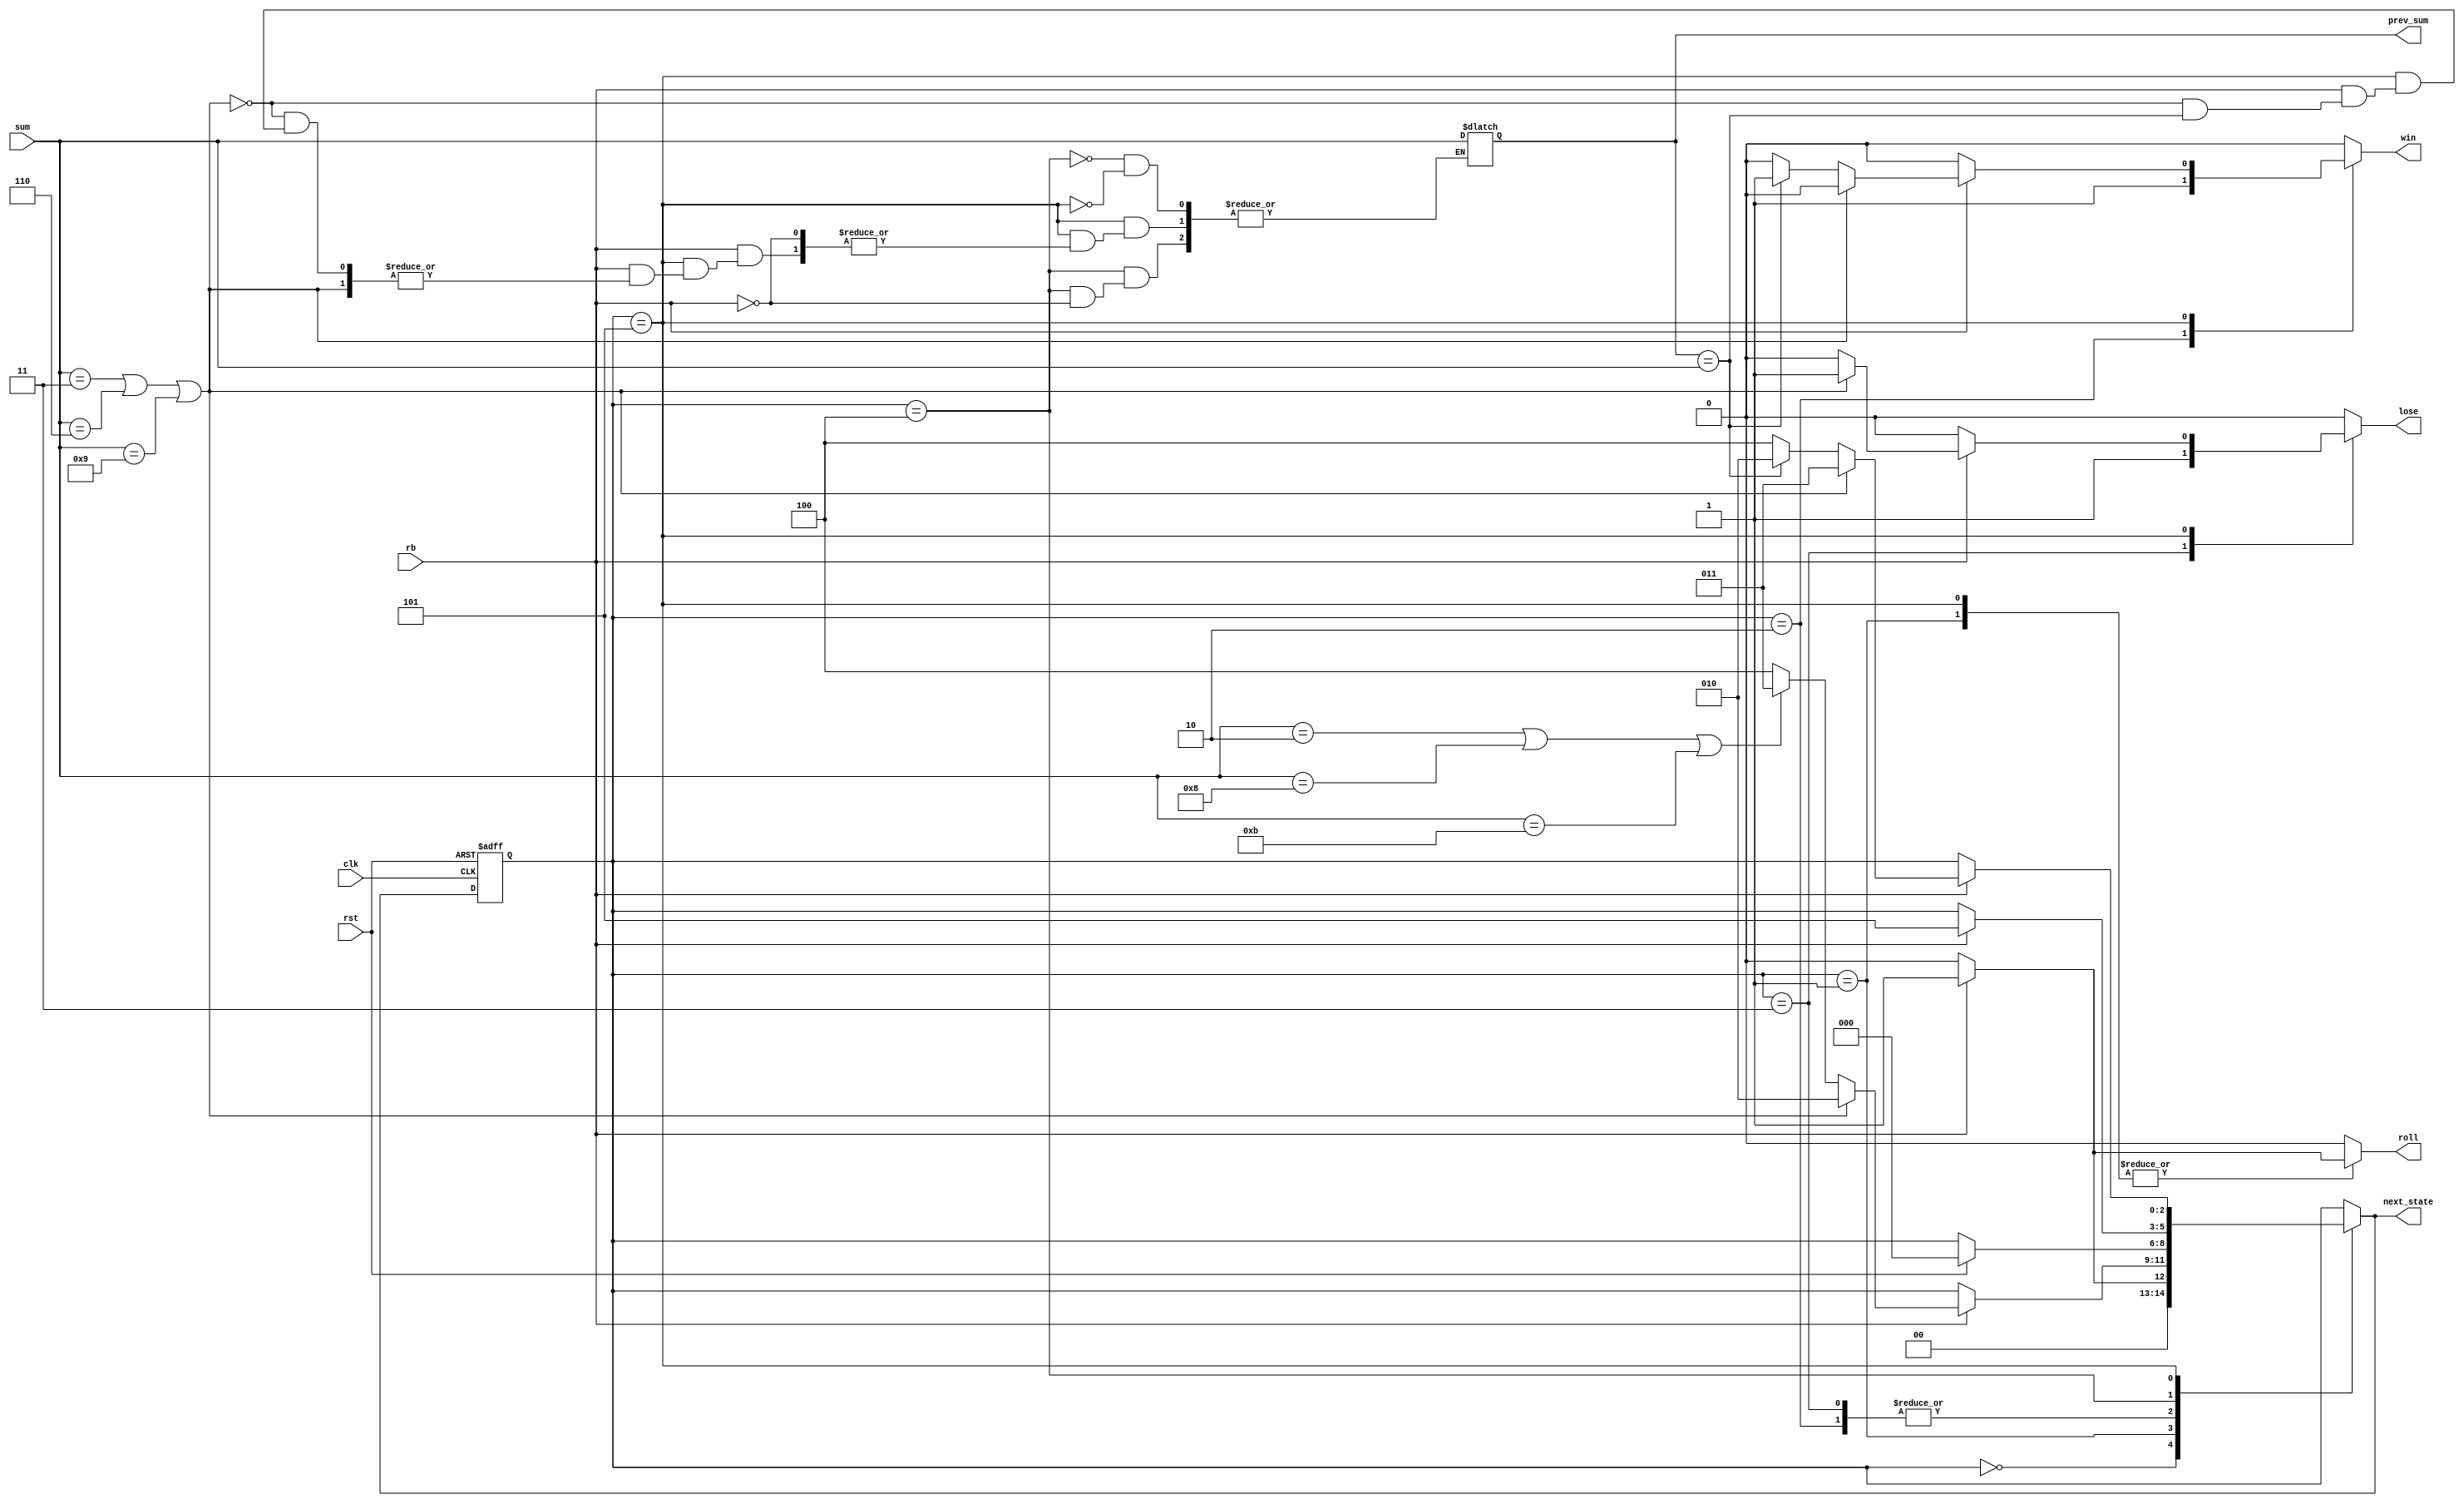
`timescale 1ns / 1ps
//////////////////////////////////////////////////////////////////////////////////
// Company: 
// Engineer: 
// 
// Design Name: 
// Module Name: Ddice
// Project Name: 
// Target Devices: 
// Tool Versions: 
// Description: 
// 
// Dependencies: 
// 
// Revision:
// Revision 0.01 - File Created
// Additional Comments:
// 
//////////////////////////////////////////////////////////////////////////////////

module Ddice(
    input clk, rst, rb,
    input [3:0] sum,
    output reg roll, win, lose,
    output reg [2:0] next_state,
    output reg [3:0] prev_sum
);

    reg [2:0] state;

    parameter s0 = 3'b000;
    parameter s1 = 3'b001;
    parameter s2 = 3'b010;
    parameter s3 = 3'b011;
    parameter s4 = 3'b100;
    parameter s5 = 3'b101;

    // Initial block for setting initial values
    initial begin
        win = 0;
        lose = 0;
        roll = 0;
        next_state = s0;
        state = s0;
        prev_sum = 0;
    end

    // Combinational logic block
    always @* begin
        // Default values to prevent latches
        win = 0;
        lose = 0;
        roll = 0;
        next_state = state;
        
        case(state)
            s0: begin
                win = 0;
                lose = 0;
                roll = 0;
                if (rb == 1)
                    next_state = s1;
                else
                    next_state = s0;
            end
            s1: begin
                if (rb == 1) begin
                    roll = 1;
                    if (sum == 3 || sum == 6 || sum == 9) begin
                       
                        next_state = s2;
                    end else if (sum == 2 || sum == 8 || sum == 11) begin
                        
                        next_state = s3;
                    end else begin
                        next_state = s4;
                    end
                end
            end
            s2: begin
                win = 1;
                if (rst == 1)
                    next_state = s0;
            end
            s3: begin
                lose = 1;
                if (rst == 1)
                    next_state = s0;
            end
            s4: begin
                if (rb == 1) begin
                    prev_sum = sum;
                    next_state = s5;
                end
            end
            s5: begin
                if (rb == 1) begin
                    roll = 1;
                    if (sum == 3 || sum == 6 || sum == 9) begin
                        lose = 1;
                        next_state = s3;
                    end else if (prev_sum == sum) begin
                        win = 1;
                        next_state = s2;
                    end else begin
                        prev_sum = sum;
                        next_state = s4;
                    end
                end
            end
        endcase
    end

    // Sequential logic block
    always @(posedge clk or posedge rst) begin
        if (rst)
            state <= s0;
        else
            state <= next_state;
    end

endmodule